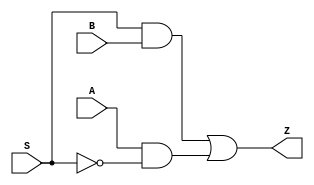
module MUX2_X2 (A, B, S, Z);
  input A;
  input B;
  input S;
  output Z;
  or(Z, i_12, i_13);
  and(i_12, S, B);
  and(i_13, A, i_14);
  not(i_14, S);
  specify
    if((B == 1'b0) && (S == 1'b0)) (A => Z) = (0.1, 0.1);
    if((B == 1'b1) && (S == 1'b0)) (A => Z) = (0.1, 0.1);
    if((A == 1'b0) && (S == 1'b1)) (B => Z) = (0.1, 0.1);
    if((A == 1'b1) && (S == 1'b1)) (B => Z) = (0.1, 0.1);
    if((A == 1'b0) && (B == 1'b1)) (S => Z) = (0.1, 0.1);
    if((A == 1'b1) && (B == 1'b0)) (S => Z) = (0.1, 0.1);
  endspecify
endmodule